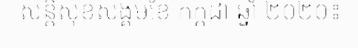
សន្តិសុខសង្គមខែ កក្កដា ឆ្នាំ ២០២០៖